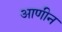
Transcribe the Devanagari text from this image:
आणीन